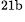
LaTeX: ^\textrm{\scriptsize 21b}